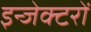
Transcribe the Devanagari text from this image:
इन्जेक्टरों